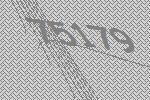
75179